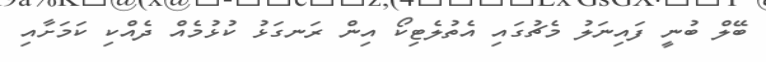
ބޭލް ބުނީ ފައިނަލު މެޗުގައި އެތުލެޓިކޯ އިން ރަނގަޅު ކުޅުމެއް ދެއްކި ކަމަށާއި